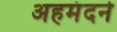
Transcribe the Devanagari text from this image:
अहमंदने